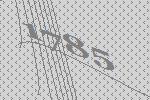
1785